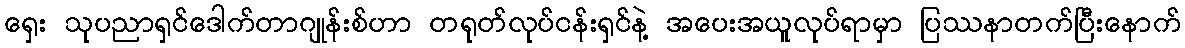
ရှေး သုပညာရှင်ဒေါက်တာဂျုန်းစ်ဟာ တရုတ်လုပ်ငန်းရှင်နဲ့ အပေးအယူလုပ်ရာမှာ ပြဿနာတက်ပြီးနောက်